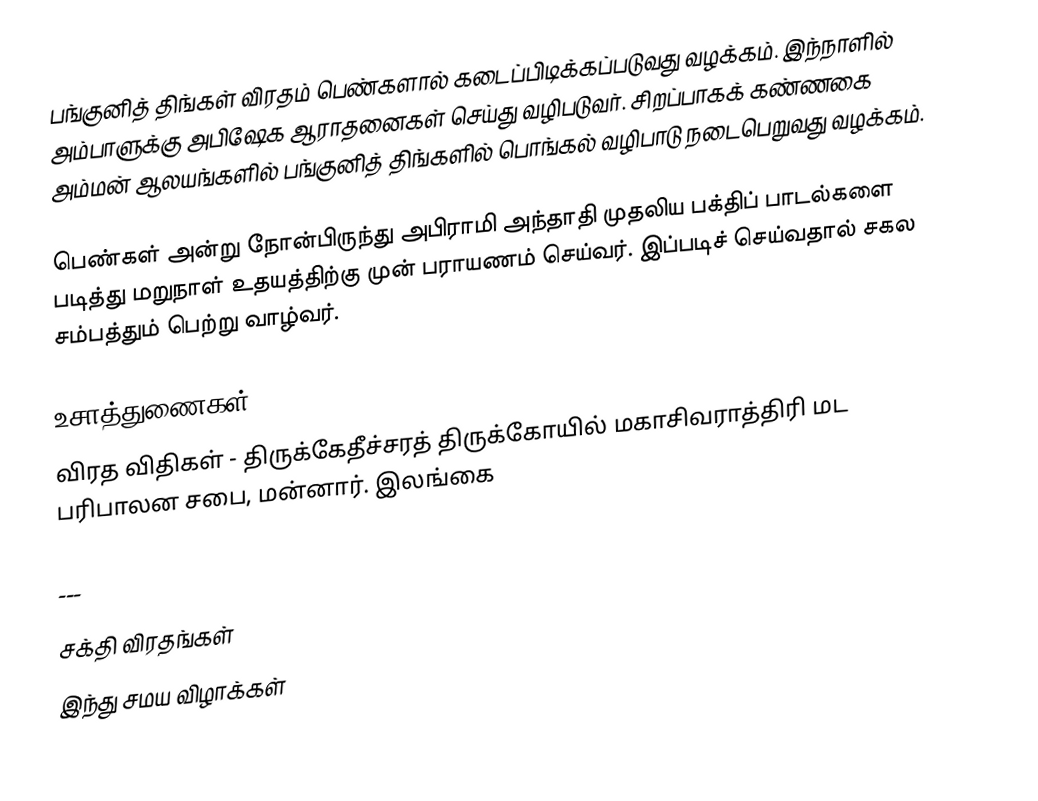
பங்குனித் திங்கள் விரதம் பெண்களால் கடைப்பிடிக்கப்படுவது வழக்கம். இந்நாளில் அம்பாளுக்கு அபிஷேக ஆராதனைகள் செய்து வழிபடுவர். சிறப்பாகக் கண்ணகை அம்மன் ஆலயங்களில் பங்குனித் திங்களில் பொங்கல் வழிபாடு நடைபெறுவது வழக்கம்.

பெண்கள் அன்று நோன்பிருந்து அபிராமி அந்தாதி முதலிய பக்திப் பாடல்களை படித்து மறுநாள் உதயத்திற்கு முன் பராயணம் செய்வர். இப்படிச் செய்வதால் சகல சம்பத்தும் பெற்று வாழ்வர்.

உசாத்துணைகள்
விரத விதிகள் - திருக்கேதீச்சரத் திருக்கோயில் மகாசிவராத்திரி மட பரிபாலன சபை, மன்னார். இலங்கை

---

சக்தி விரதங்கள்
இந்து சமய விழாக்கள்